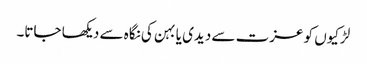
لڑکیوں کو عزت سے دیدی یا بہن کی نگاہ سے دیکھا جاتا۔